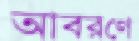
আবরণে